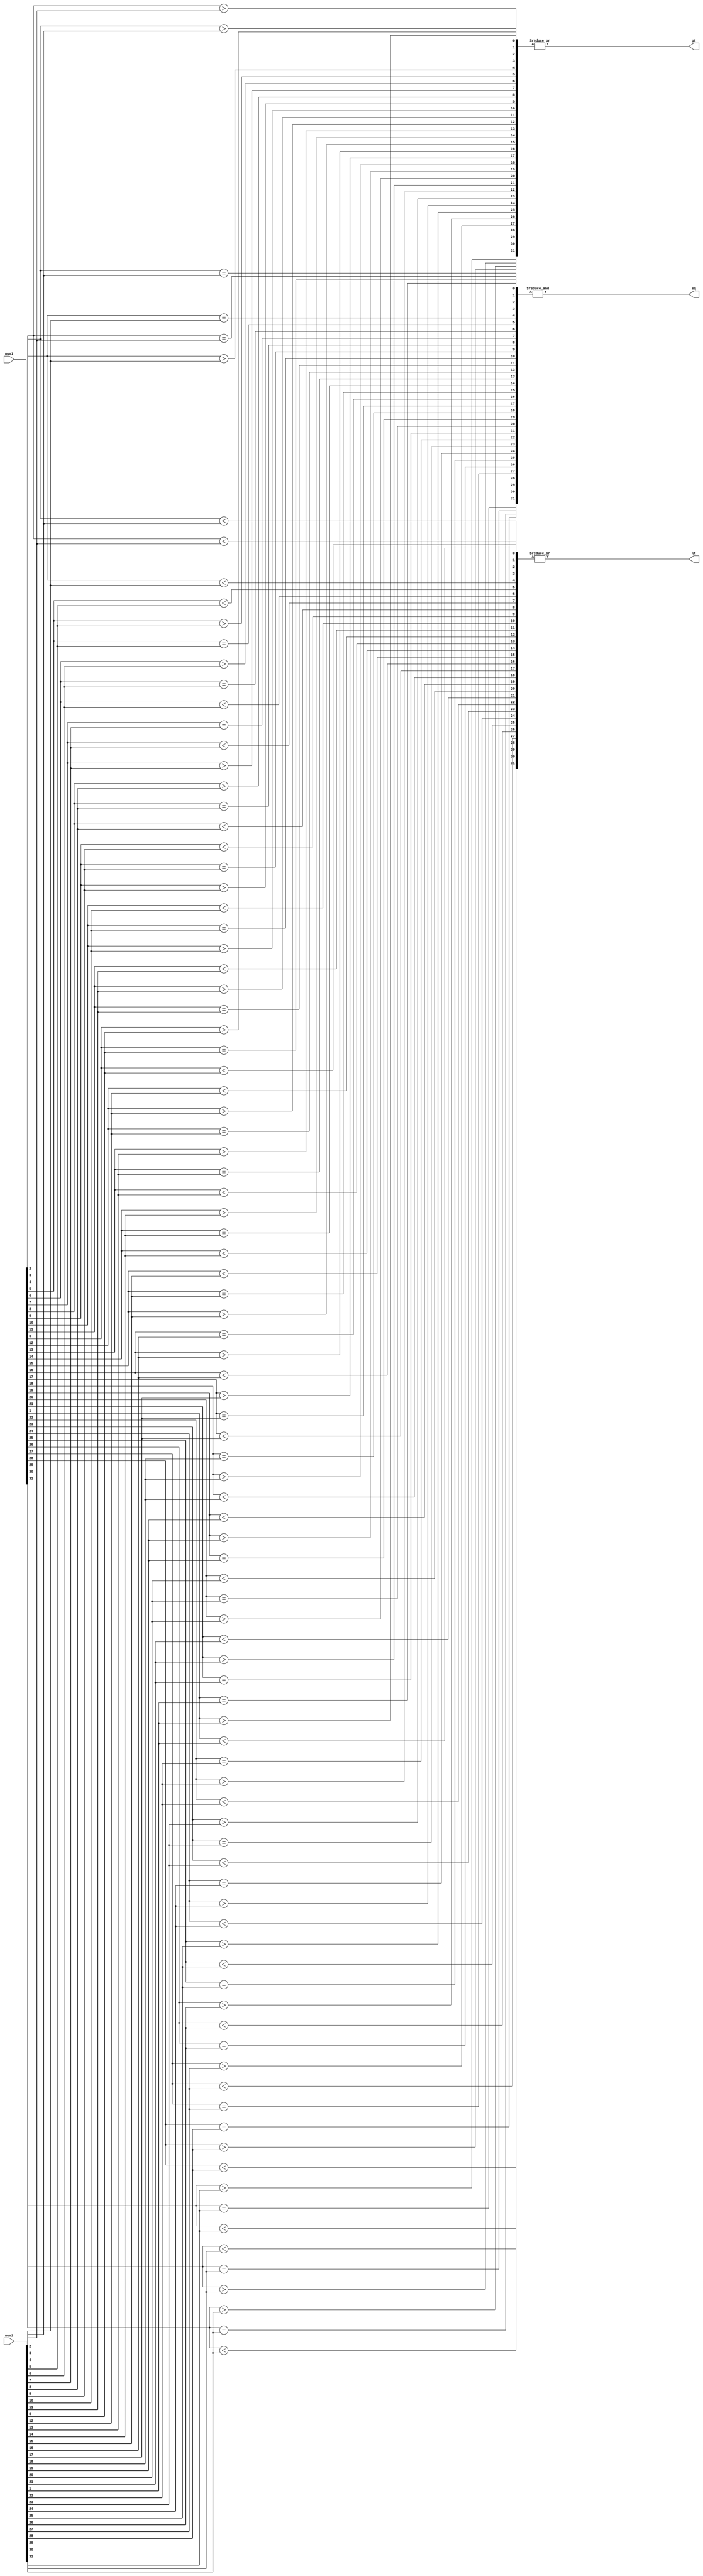
module comparator(
    input [31:0] num1,
    input [31:0] num2,
    output eq,
    output gt,
    output lt
);

wire [31:0] eq_signals, gt_signals, lt_signals;

// Combinational logic blocks for each bit comparison
genvar i;
generate
    for (i = 0; i < 32; i = i + 1) begin
        wire eq_bit, gt_bit, lt_bit;
        
        assign eq_signals[i] = eq_bit;
        assign gt_signals[i] = gt_bit;
        assign lt_signals[i] = lt_bit;
        
        // Compare two bits at each position
        assign eq_bit = (num1[i] == num2[i]);
        assign gt_bit = (num1[i] > num2[i]);
        assign lt_bit = (num1[i] < num2[i]);
    end
endgenerate

// Combine all the comparison results
assign eq = &eq_signals;
assign gt = |gt_signals;
assign lt = |lt_signals;

endmodule